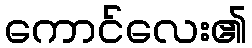
ကောင်လေး၏